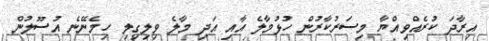
އިރާދަ ކުރެއްވިއްޔާ މިސަރުކާރުން ހުޅުމާލެ އާއި އަދި މާލެ ވިލިގިލި ހިމެނޭނެ އުސޫލުން